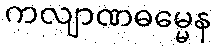
ကလျာဏဓမ္မေန